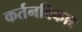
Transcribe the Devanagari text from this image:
कर्तनविकार